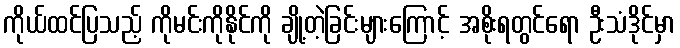
ကိုယ်ထင်ပြသည့် ကိုမင်းကိုနိုင်ကို ချို့တဲ့ခြင်းများကြောင့် အစိုးရတွင်ရော ဦးသံဒိုင်မှာ